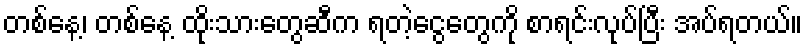
တစ်နေ့၊ တစ်နေ့ ထိုးသားတွေဆီက ရတဲ့ငွေတွေကို စာရင်းလုပ်ပြီး အပ်ရတယ်။